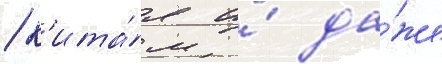
/ к'ита́я и́ да́же